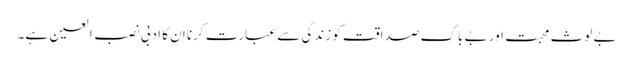
بے لوث محبت اور بے باک صداقت کو زندگی سے عبارت کرنا ان کا ادبی نصب العین ہے۔